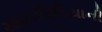
ચામાચિડિયાની